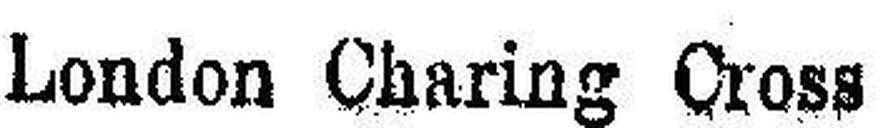
London Charing Cross